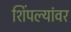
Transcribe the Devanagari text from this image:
शिंपल्यांवर